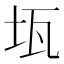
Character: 𤬪